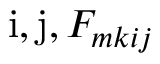
\mathrm { i } , \mathrm { j } , F _ { m k i j }